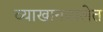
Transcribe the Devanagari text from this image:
व्याखानमालेत